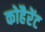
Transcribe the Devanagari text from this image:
कोहैरेंट